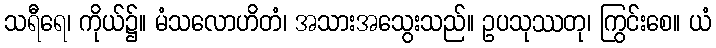
သရီရေ၊ ကိုယ်၌။ မံသလောဟိတံ၊ အသားအသွေးသည်။ ဥပသုဿတု၊ ကြွင်းစေ။ ယံ